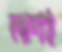
লাশই